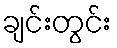
ချင်းတွင်း